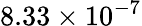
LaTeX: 8.33\times 10^{-7}